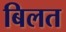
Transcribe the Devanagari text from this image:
बिलत